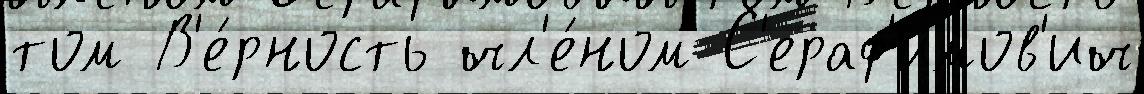
том В'е́рность чл'е́ном С'ераф'имов'ич